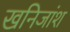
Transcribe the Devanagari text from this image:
खनिजांश